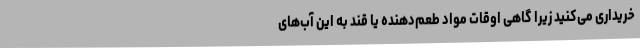
خریداری می‌کنید زیرا گاهی اوقات مواد طعم‌دهنده یا قند به این آب‌های